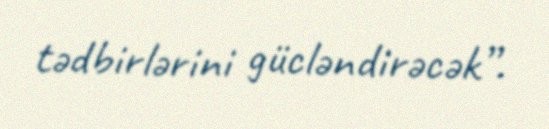
tədbirlərini gücləndirəcək”.